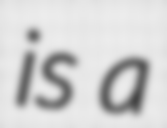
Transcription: is a